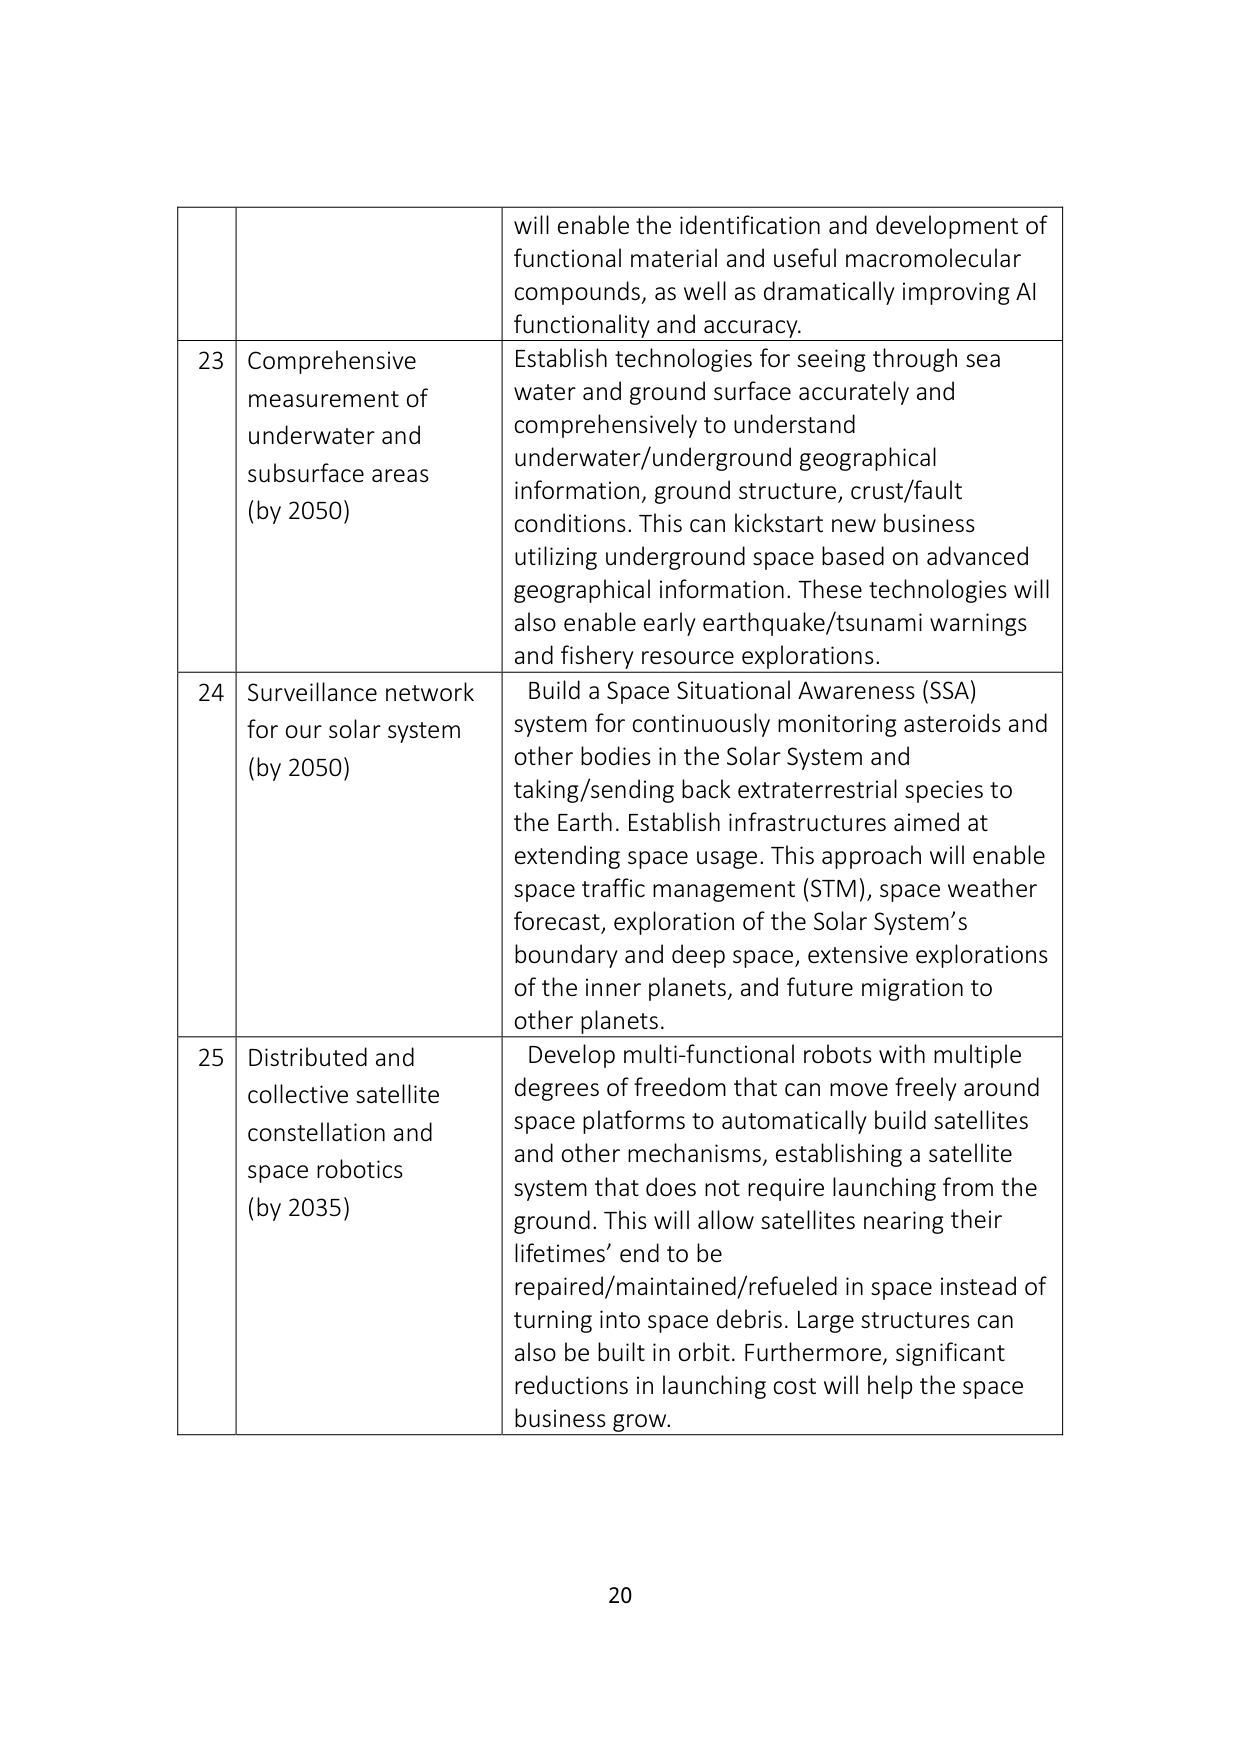
will enable the identification and development of functional material and useful macromolecular compounds, as well as dramatically improving AI functionality and accuracy.

23 Comprehensive measurement of underwater and subsurface areas (by 2050) Establish technologies for seeing through sea water and ground surface accurately and comprehensively to understand underwater/underground geographical information, ground structure, crust/fault conditions. This can kickstart new business utilizing underground space based on advanced geographical information. These technologies will also enable early earthquake/tsunami warnings and fishery resource explorations.

24 Surveillance network for our solar system (by 2050) Build a Space Situational Awareness (SSA) system for continuously monitoring asteroids and other bodies in the Solar System and taking/sending back extraterrestrial species to the Earth. Establish infrastructures aimed at extending space usage. This approach will enable space traffic management (STM), space weather forecast, exploration of the Solar System’s boundary and deep space, extensive explorations of the inner planets, and future migration to other planets.

25 Distributed and collective satellite constellation and space robotics (by 2035) Develop multi-functional robots with multiple degrees of freedom that can move freely around space platforms to automatically build satellites and other mechanisms, establishing a satellite system that does not require launching from the ground. This will allow satellites nearing their lifetimes’ end to be repaired/maintained/refueled in space instead of turning into space debris. Large structures can also be built in orbit. Furthermore, significant reductions in launching cost will help the space business grow.

20